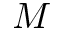
M